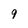
Character: 9